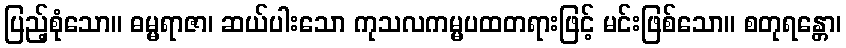
ပြည့်စုံသော။ ဓမ္မရာဇာ၊ ဆယ်ပါးသော ကုသလကမ္မပထတရားဖြင့် မင်းဖြစ်သော။ စတုရန္တော၊